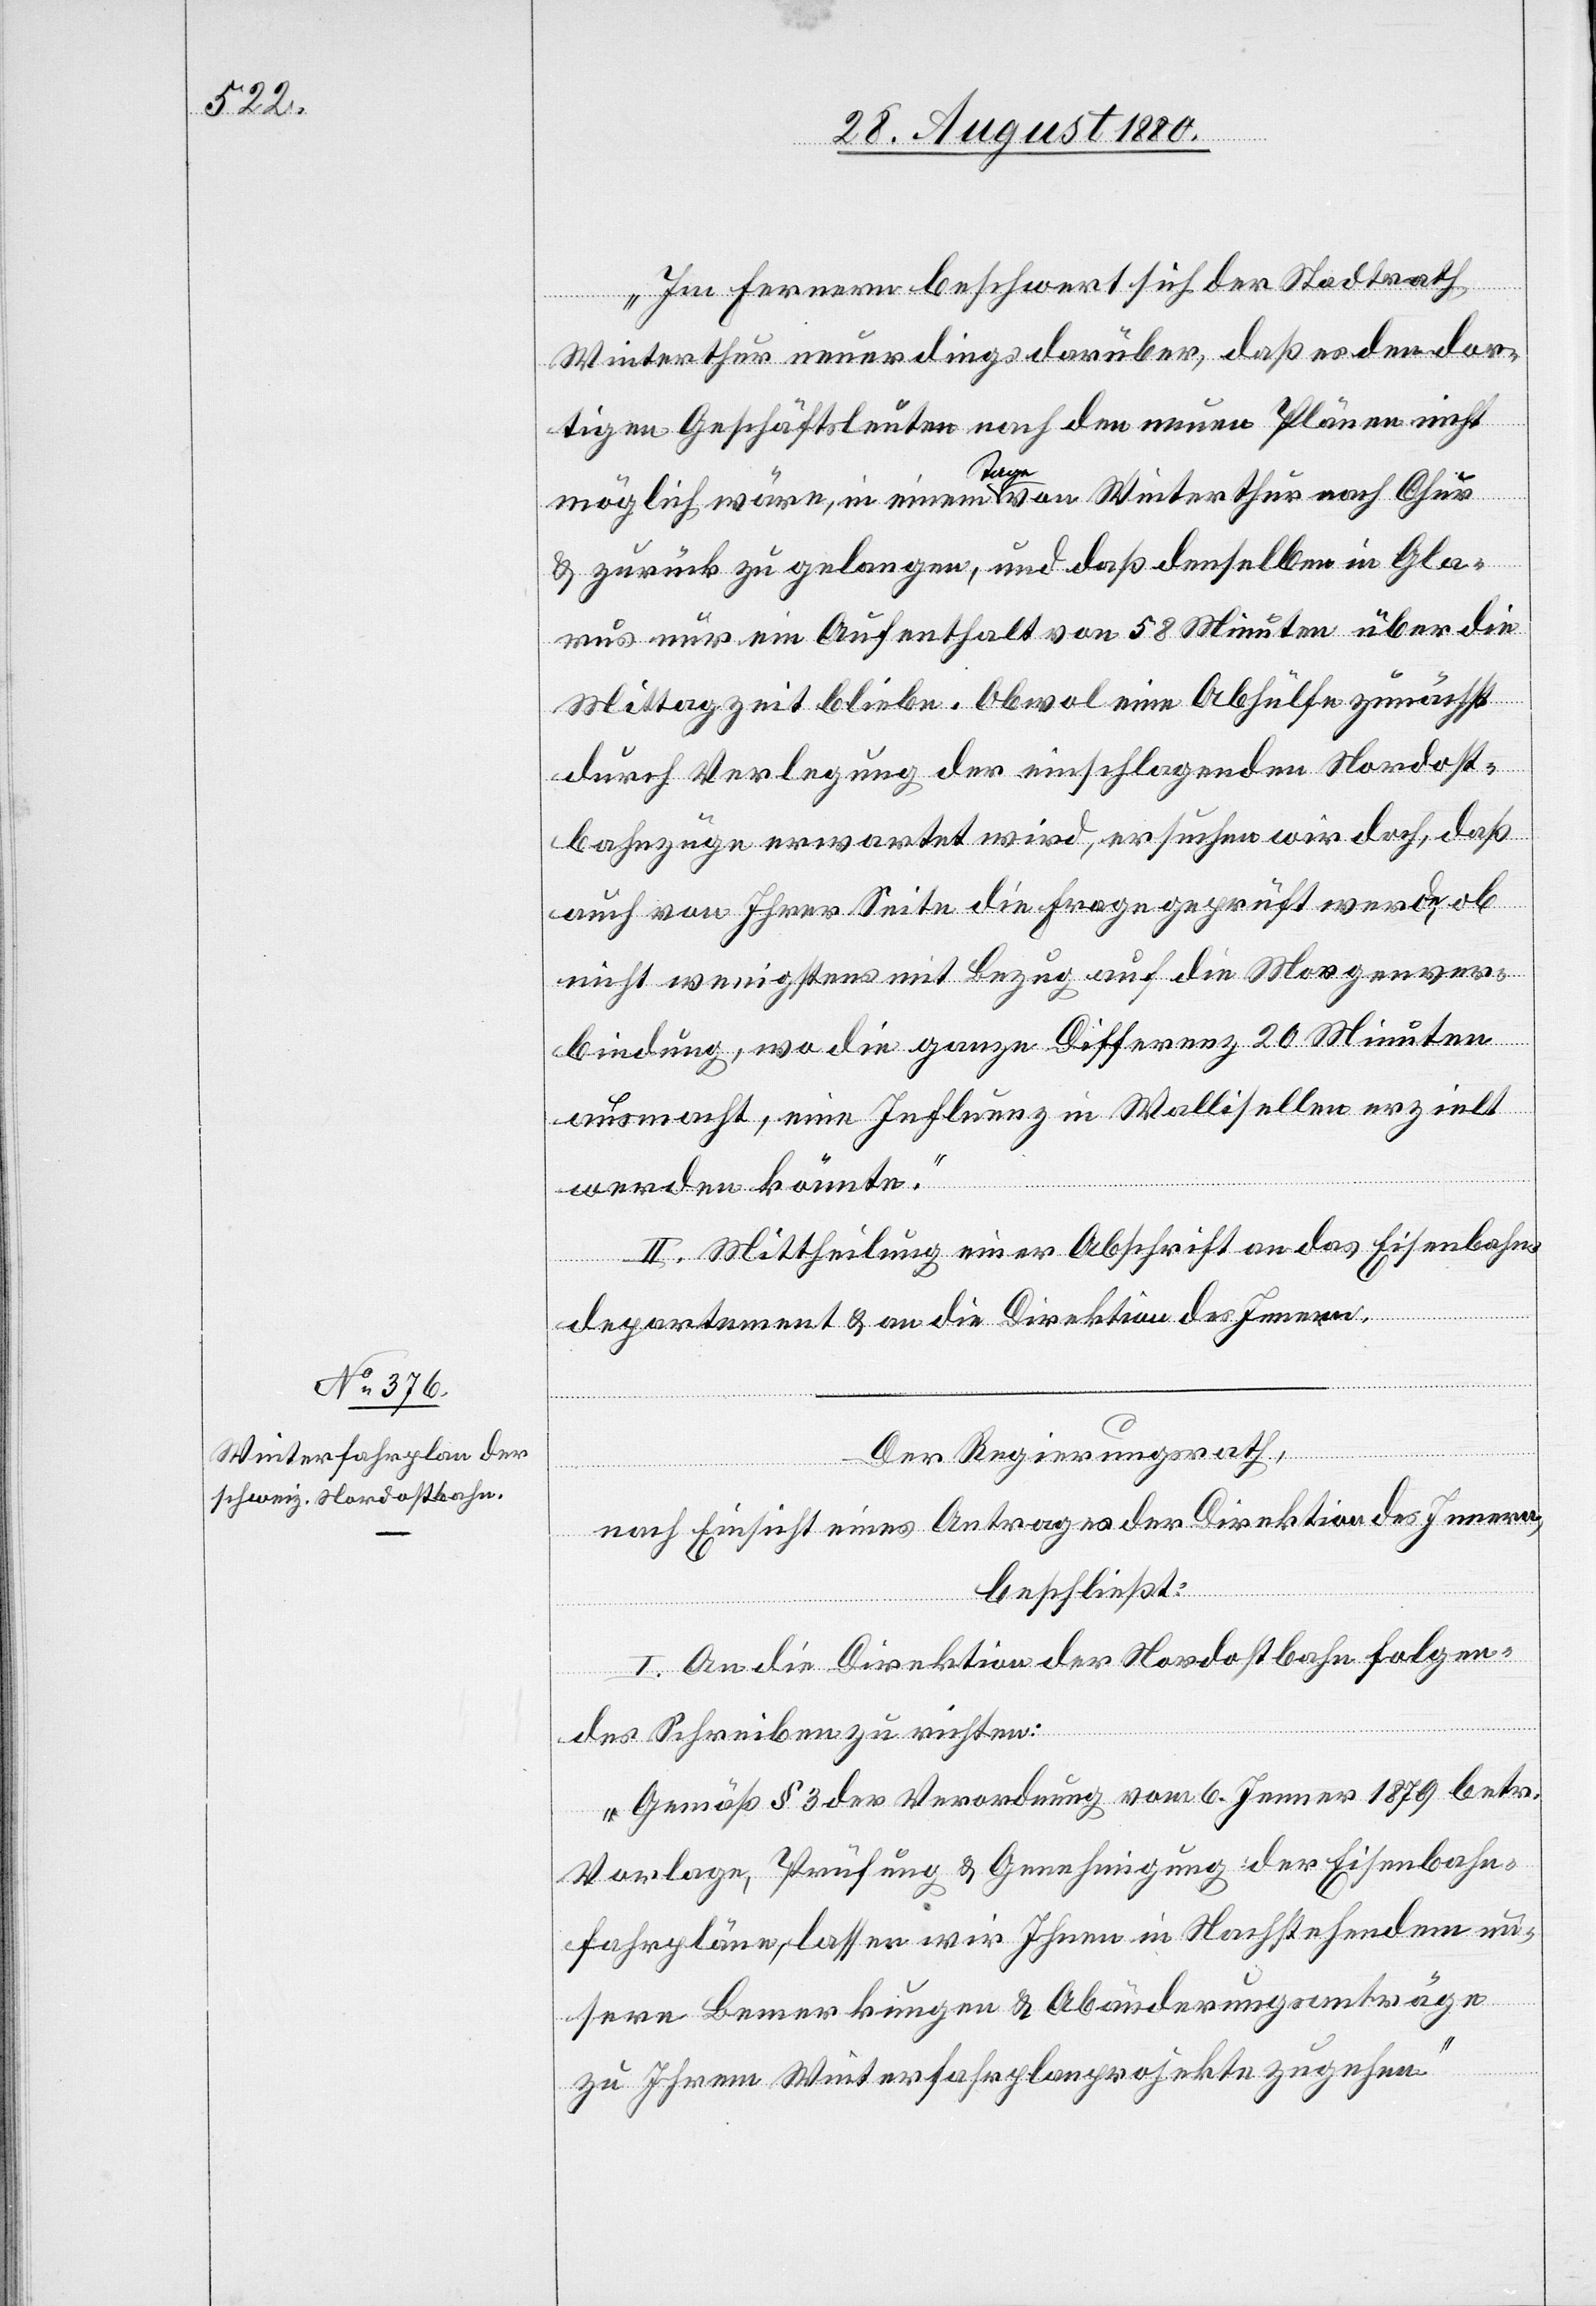
Im Fernern beschwert sich der Stadtrath
Winterthur neuerdings darüber, daß es den dor¬
tigen Geschäftsleuten nach den neuen Plänen nicht
möglich wäre, in einem Tage von Winterthur nach Chur
& zurück zu gelangen, und daß denselben in Gla¬
rus nur ein Aufenthalt von 58 Minuten über die
Mittagszeit bliebe. Obwol eine Abhülfe zunächst
durch Verlegung der einschlagenden Nordost¬
bahnzüge erwartet wird, ersuchen wir doch, daß
auch von Ihrer Seite die Frage geprüft werde, ob
nicht wenigstens mit Bezug auf die Morgenver¬
bindung, wo die ganze Differenz 20 Minuten
ausmacht, eine Influenz in Wallisellen erzielt
werden könnte.“
II. Mittheilung einer Abschrift an das Eisenbahn¬
departement & an die Direktion des Innern.
Der Regierungsrath,
nach Einsicht eines Antrages der Direktion des Innern,
beschließt:
I. An die Direktion der Nordostbahn folgen¬
des Schreiben zu richten:
„Gemäß § 3 der Verordnung vom 6. Jenner 1879 betr.
Vorlagen, Prüfung & Genehmigung der Eisenbahn¬
fahrpläne, lassen wir Ihnen in Nachstehendem un¬
sere Bemerkungen & Abänderungsanträge
zu Ihrem Winterfahrplanprojekte zugehen.